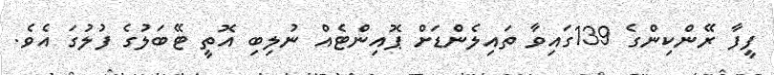
ފީފާ ރޭންކިންގެ 139ގައިވާ ތައިލެންޑަށް ޕޮއިންޓެއް ނުލިބި އޮތީ ޓޭބަލުގެ ފުލުގަ އެވެ.